Vaccine operations Central Provinces 1886-1899 - 1886-1899
Year: 1886
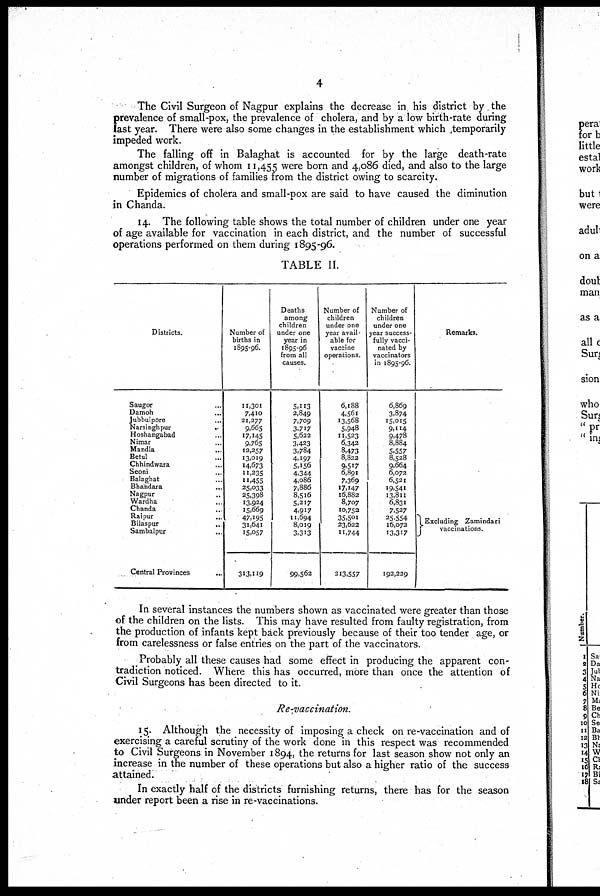
4
The Civil Surgeon of Nagpur explains the decrease in his district by the
prevalence of small-pox, the prevalence of cholera, and by a low birth-rate during
last year. There were also some changes in the establishment which temporarily
impeded work.
The falling off in Balaghat is accounted for by the large death-rate
amongst children, of whom 11,455 were born and 4,086 died, and also to the large
number of migrations of families from the district owing to scarcity.
Epidemics of cholera and small-pox are said to have caused the diminution
in Chanda.
14. The following table shows the total number of children under one year
of age available for vaccination in each district, and the number of successful
operations performed on them during 1895-96.
TABLE II.
Districts.
Saugor ...
Damoh ...
Jubbulpore ...
Narsinghpur
...
Hoshangabad ...
Nimar ...
Mandla ...
Betul ...
Chhindwara ...
Seoni ...
Balaghat ...
Bhandara ...
Nagpur ...
Wardha ...
Chanda ...
Raipur ...
Bilaspur
...
Sambalpur
...
Central Provinces
...
Number of
births in
1895-96.
11,301
7,410
21,277
9,665
17,145
9,765
12,257
13,019
14,673
11,235
11,455
25,033
25,398
13,924
15,669
47,195
31,641
15,057
313,119
Deaths
among
children
under one
year in
1895-96
from all
causes.
5,113
2,849
7,709
3,717
5,622
3,423
3,784
4,197
5,156
4,344
4,086
7,886
8,516
5,217
4,917
11,694
8,019
3,313
99,562
Number of
children
under one
year avail-
able for
vaccine
operations.
6,188
4,561
13,568
5,948
11,523
6,342
8,473
8,822
9,517
6,891
7,369
17,147
16,882
8,707
10,752
35,501
23,622
11,744
213,557
Number of
children
under one
year success-
fully vacci-
nated by
vaccinators
in 1895-96.
6,869
3,874
15,015
9,114
9,478
8,884
5,557
8,528
9,664
6,072
6,521
19,541
13,811
6,831
7,527
25,554
16,072
13,317
192,229
Remarks.
Excluding Zamindari
vaccinations.
In several instances the numbers shown as vaccinated were greater than those
of the children on the lists. This may have resulted from faulty registration, from
the production of infants kept back previously because of their too tender age, or
from carelessness or false entries on the part of the vaccinators.
Probably all these causes had some effect in producing the apparent con-
tradiction noticed. Where this has occurred, more than once the attention of
Civil Surgeons has been directed to it.
Re-vaccination.
15. Although the necessity of imposing a check on re-vaccination and of
exercising a careful scrutiny of the work done in this respect was recommended
to Civil Surgeons in November 1894, the returns for last season show not only an
increase in the number of these operations but also a higher ratio of the success
attained.
In exactly half of the districts furnishing returns, there has for the season
under report been a rise in re-vaccinations.